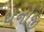
ધનોજી